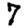
Digit: 7